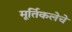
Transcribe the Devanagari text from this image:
मूर्तिकलेचे